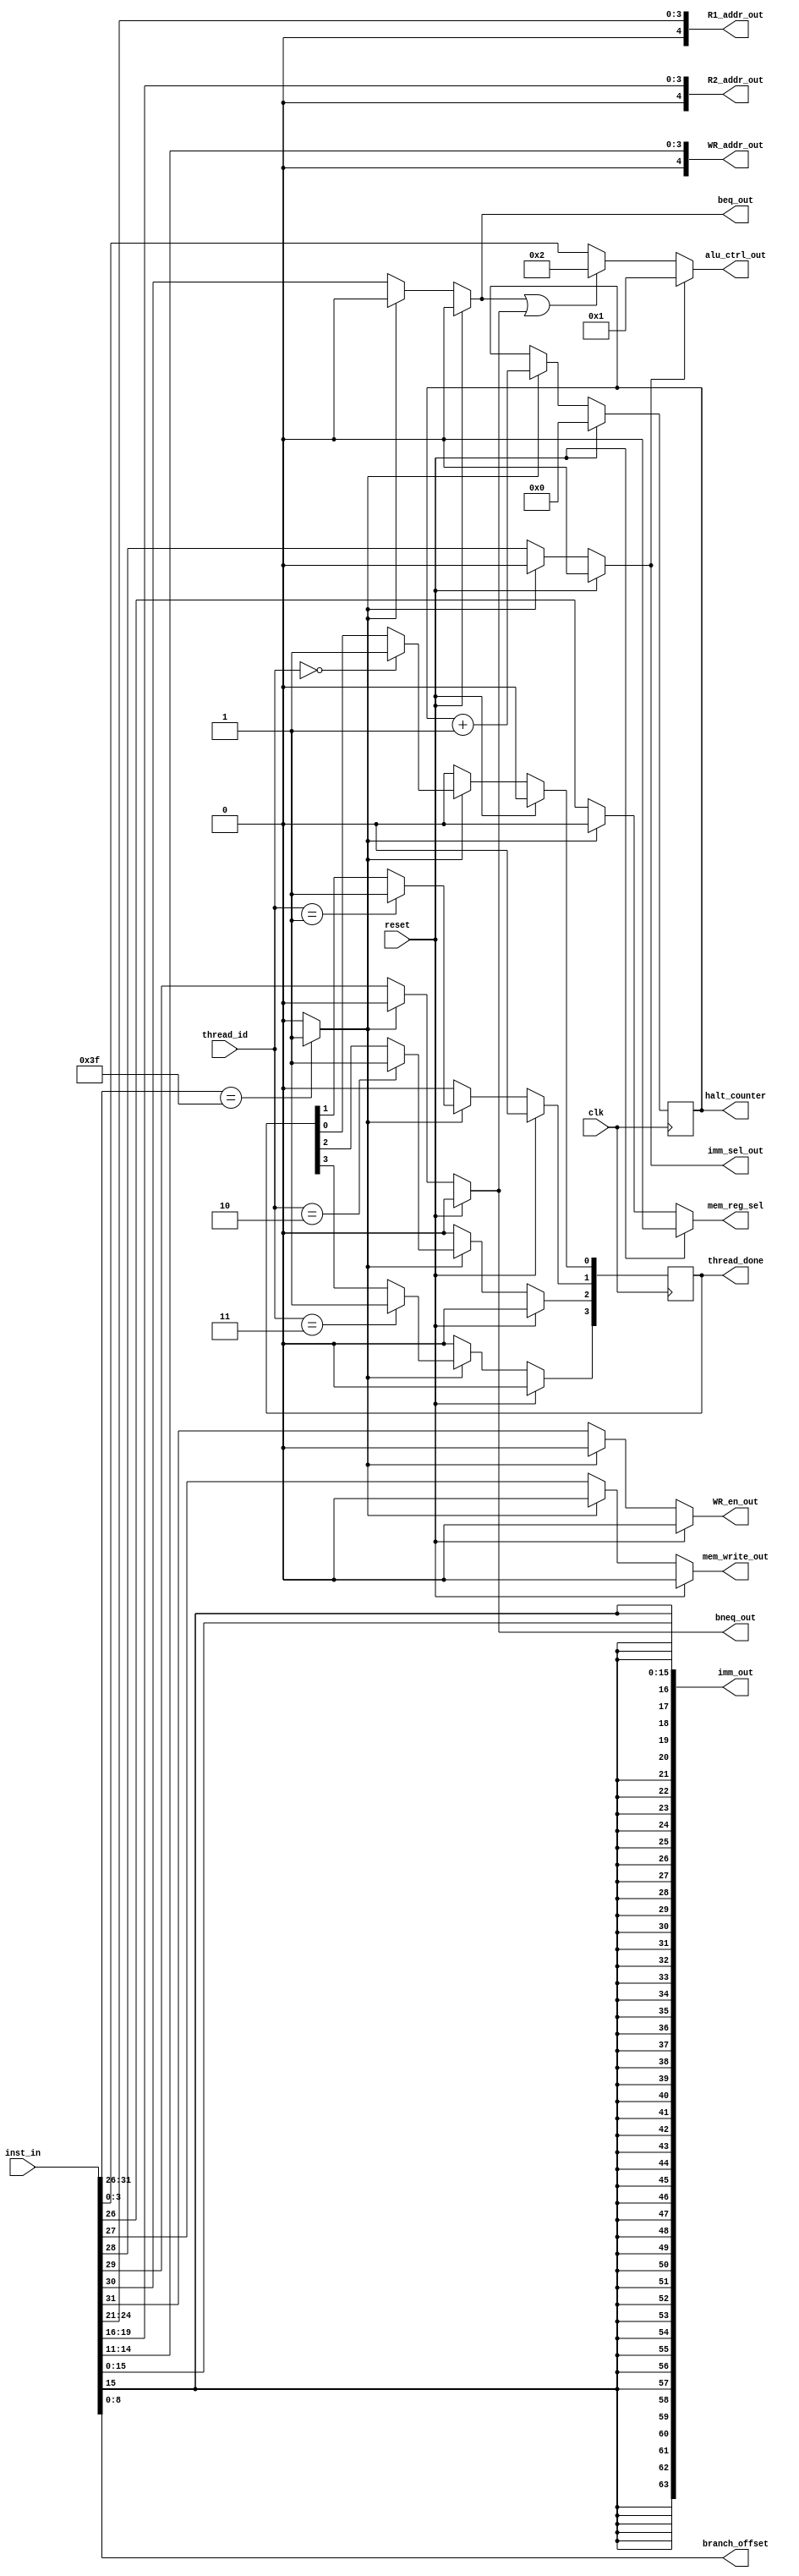
module inst_decoder
   #(parameter DATAPATH_WIDTH = 64,
		parameter INST_WIDTH = 32,
	  parameter REGFILE_ADDR_WIDTH = 5,
	  parameter INST_ADDR_WIDTH = 9,
	  parameter THREAD_BITS = 2,
	  parameter NUM_THREADS = 4)

	(input [INST_WIDTH-1:0] inst_in,
	input			reset,
	input	[THREAD_BITS-1:0]	thread_id,
	input clk,
	
	 //// OUTPUTS////
	 output [REGFILE_ADDR_WIDTH-1:0]	R1_addr_out,
	 output [REGFILE_ADDR_WIDTH-1:0]	R2_addr_out,
	 output [REGFILE_ADDR_WIDTH-1:0] WR_addr_out,
	 
	// immediate offsets
	 output [DATAPATH_WIDTH-1:0]	imm_out,
	 output [INST_ADDR_WIDTH-1:0]	branch_offset,

	// alu ctrl
	 output reg [3:0] 				alu_ctrl_out,	 
	 // control signals
	 output reg WR_en_out,
	 output reg beq_out,
	 output reg bneq_out,
	 output reg imm_sel_out,
	 output reg mem_write_out,
	 output reg mem_reg_sel,
	 output reg [NUM_THREADS-1:0]thread_done,
	 output reg [31:0] halt_counter
	 //output reg halt_cpu_out
	 );
	 
wire [5:0] opcode;
wire [3:0] alu_func;
wire [47:0]sign_extend;
 
assign opcode 			= inst_in[31:26];
assign alu_func 		= inst_in[3:0]; // taking two bits from opcode and 4 bits from inst_in.

/* Commenting out for regfile with 16 registers only
assign R1_addr_out 	= inst_in[25:21];
assign R2_addr_out 	= inst_in[20:16];
assign WR_addr_out 	= inst_in[15:11];
*/
// below was added to make regile of 16 registers
assign R1_addr_out 	= inst_in[24:21];
assign R2_addr_out 	= inst_in[19:16];
assign WR_addr_out 	= inst_in[14:11];

assign sign_extend 		= $signed(inst_in[15]); 
assign imm_out			= {sign_extend,inst_in[15:0]};
assign branch_offset	= inst_in[8:0];

/* Causing spurious branches
///////////////// DATAPATH control signals //////////////////////
assign 	WR_en_out		= opcode[5];
assign	beq_out			= opcode[4];
assign	bneq_out			= opcode[3];
assign	imm_sel_out		= opcode[2];
assign	mem_write_out 	= opcode[1];
assign	mem_reg_sel		= opcode[0];
///////////////// ALU control signals ////////////////////////////
*/

wire halt;
assign halt = (opcode == 'b111111) ? 1 : 0;
 
always @(*) begin
	if (reset) begin
		WR_en_out		= 0;
		beq_out			= 0;
		bneq_out		= 0;
		imm_sel_out		= 0;
		mem_write_out 	= 0;
		mem_reg_sel		= 0;
		alu_ctrl_out = 0;
	end
	else begin

		if (~halt) begin
			WR_en_out		= opcode[5];
			beq_out			= opcode[4];
			bneq_out		= opcode[3];
			imm_sel_out		= opcode[2];
			mem_write_out 	= opcode[1];
			mem_reg_sel		= opcode[0];
		end else begin
			WR_en_out		= 0;
			beq_out			= 0;
			bneq_out		= 0;
			imm_sel_out		= 0;
			mem_write_out 	= 0;
			mem_reg_sel		= 0;
		end // else if not halt
	end // if not reset


		if (imm_sel_out) begin 
			alu_ctrl_out	=	'd1; // ALU does add
		end else if (beq_out || bneq_out) begin
			alu_ctrl_out 	= 'd2; // ALU does sub
		end
		else begin
		alu_ctrl_out	=	alu_func;
		end
///////////////// DATAPATH control signals //////////////////////
///////////////// ALU control signals ////////////////////////////

end //always

always @(posedge clk) begin
	if (reset) begin
		thread_done <= 0;
		halt_counter <= 0;
	end
	else if (halt) begin
		halt_counter <= halt_counter + 1;
	case (thread_id)
		'b00: begin
			thread_done[0] <= 1;
		end
		'b01: begin
			thread_done[1] <= 1;
		end
		'b10: begin
			thread_done[2] <= 1;
		end
		'b11: begin
			thread_done[3] <= 1;
		end
	endcase
	end
	else begin
	thread_done <= 0;
	end
end
endmodule